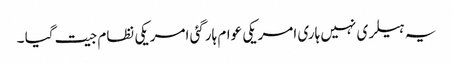
یہ ہیلری نہیں ہاری امریکی عوام ہارگئی امریکی نظام جیت گیا ۔